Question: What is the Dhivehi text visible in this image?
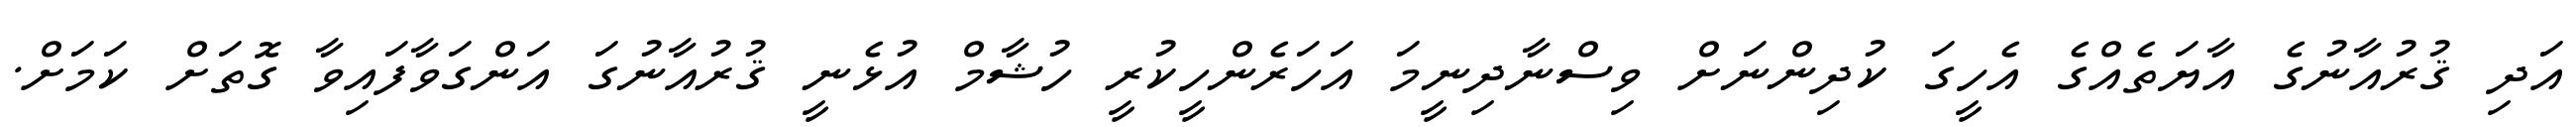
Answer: އަދި ޤުރުއާނުގެ އާޔަތެއްގެ އެހީގަ ކުދިންނަށް ވިސްނާދިނީމަ އަހަރެންހީކުރީ ހުޝާމް އުޅެނީ ޤުރުއާނުގަ އަންގަވާފައިވާ ގޮތަށް ކަމަށް.